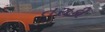
તરાકી